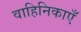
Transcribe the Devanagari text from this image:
वाहिनिकाएँ